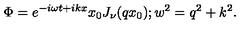
\Phi = e ^ { - i \omega t + i k x } x _ { 0 } J _ { \nu } ( q x _ { 0 } ) ; w ^ { 2 } = q ^ { 2 } + k ^ { 2 } .